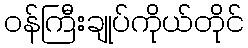
ဝန်ကြီးချုပ်ကိုယ်တိုင်